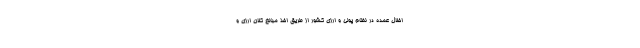
اخلال عمده در نظام پولی و ارزی کشور از طریق اخذ مبالغ کلان ارزی و